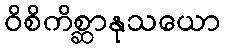
ဝိစိကိစ္ဆာနုသယော